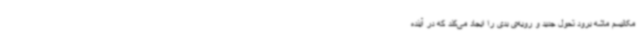
مکانیسم ماشه برود تحول جدید و رویه‌ی بدی را ایجاد می‌کند که در آینده